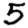
Digit: 5